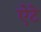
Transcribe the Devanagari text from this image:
ऐटे